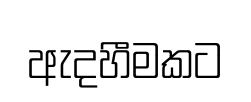
ඇදහීමකට